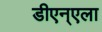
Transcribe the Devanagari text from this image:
डीएन्एला